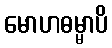
မောဟဓမ္မာပိ